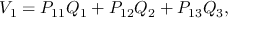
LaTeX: V _ { 1 } = P _ { 1 1 } Q _ { 1 } + P _ { 1 2 } Q _ { 2 } + P _ { 1 3 } Q _ { 3 } ,